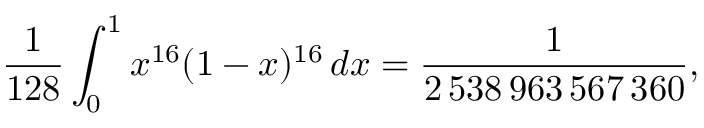
{ \frac { 1 } { 1 2 8 } } \int _ { 0 } ^ { 1 } x ^ { 1 6 } ( 1 - x ) ^ { 1 6 } \, d x = { \frac { 1 } { 2 \, 5 3 8 \, 9 6 3 \, 5 6 7 \, 3 6 0 } } ,